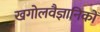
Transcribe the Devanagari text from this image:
खगोलवैज्ञानिकों